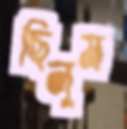
ছিলুম